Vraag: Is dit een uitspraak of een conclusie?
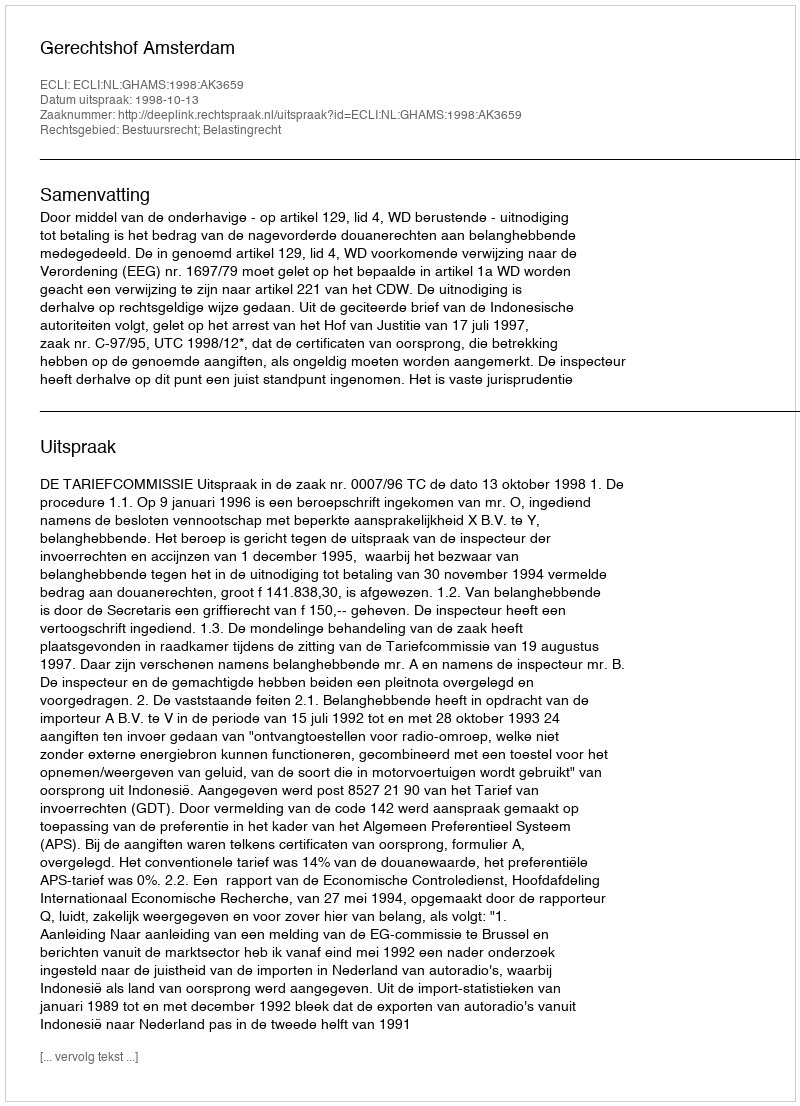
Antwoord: Uitspraak